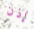
إذن